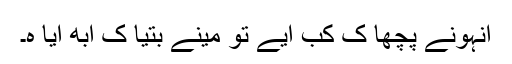
اُنہونے پُچھا کِ کب اَیے تو مینے بتیا کِ اَبھِ اَیا ہُ۔